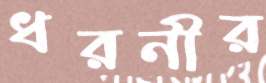
ধরনীর